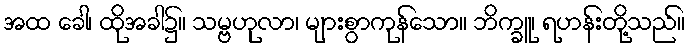
အထ ခေါ၊ ထိုအခါ၌။ သမ္ဗဟုလာ၊ များစွာကုန်သော။ ဘိက္ခူ၊ ရဟန်းတို့သည်။